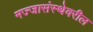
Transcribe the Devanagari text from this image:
मज्जासंस्थेवरील